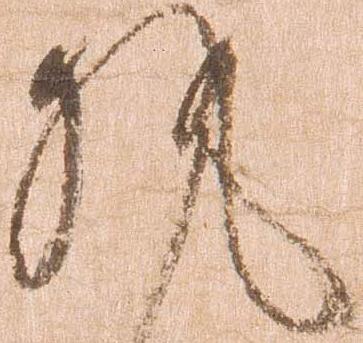
執